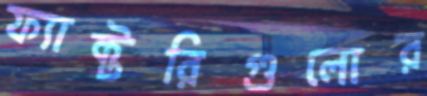
ফ্যাক্টরিগুলোর